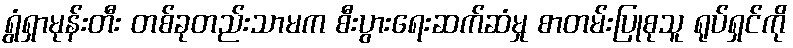
ရွံရှာမုန်းတီး တစ်ခုတည်းသာမက စီးပွားရေးဆက်ဆံမှု စာတမ်းပြုစုသူ ရုပ်ရှင်ကို